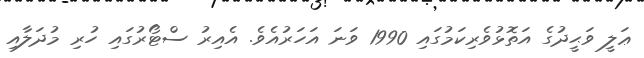
ޢަލީ ވަޙީދުގެ އަތޮޅުވެރިކަމުގައި 1990 ވަނަ އަހަރުއެވެ. އެއިރު ސްޓޯރުގައި ހުރި މުދަލާއި